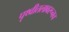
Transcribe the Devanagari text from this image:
पृथ्वीतलावरूनच